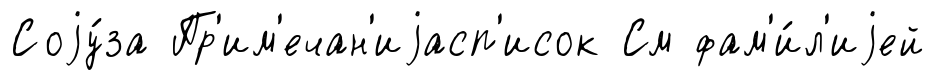
Соjу́за Пр'им'ечан'иjасп'исок См фам'и́л'иjей